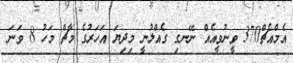
އެމްއެޗް370 ވީނުވީއެއް ނޭނގި ގެއްލުނީ މިދިޔަ އަހަރުގެ މާޗް މަހު 8 ވަނަ